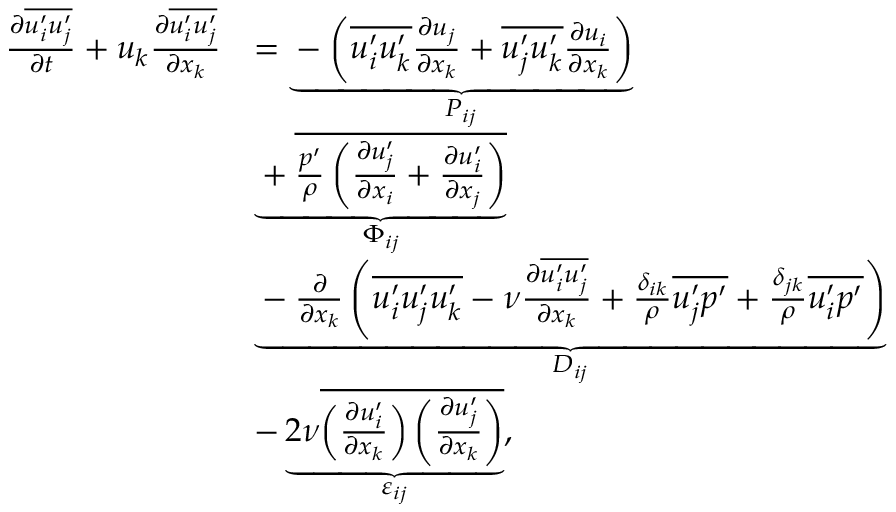
\begin{array} { r l } { \frac { \partial \overline { { u _ { i } ^ { \prime } u _ { j } ^ { \prime } } } } { \partial t } + u _ { k } \frac { \partial \overline { { u _ { i } ^ { \prime } u _ { j } ^ { \prime } } } } { \partial x _ { k } } } & { = \underbrace { - \left( \overline { { u _ { i } ^ { \prime } u _ { k } ^ { \prime } } } \frac { \partial u _ { j } } { \partial x _ { k } } + \overline { { u _ { j } ^ { \prime } u _ { k } ^ { \prime } } } \frac { \partial u _ { i } } { \partial x _ { k } } \right) } _ { P _ { i j } } } \\ & { \underbrace { + \overline { { \frac { p ^ { \prime } } { \rho } \left( \frac { \partial u _ { j } ^ { \prime } } { \partial x _ { i } } + \frac { \partial u _ { i } ^ { \prime } } { \partial x _ { j } } \right) } } } _ { \Phi _ { i j } } } \\ & { \underbrace { - \frac { \partial } { \partial x _ { k } } \left( \overline { { u _ { i } ^ { \prime } u _ { j } ^ { \prime } u _ { k } ^ { \prime } } } - \nu \frac { \partial \overline { { u _ { i } ^ { \prime } u _ { j } ^ { \prime } } } } { \partial x _ { k } } + \frac { \delta _ { i k } } { \rho } \overline { { u _ { j } ^ { \prime } p ^ { \prime } } } + \frac { \delta _ { j k } } { \rho } \overline { { u _ { i } ^ { \prime } p ^ { \prime } } } \right) } _ { D _ { i j } } } \\ & { - \underbrace { 2 \nu \overline { { \left( \frac { \partial u _ { i } ^ { \prime } } { \partial x _ { k } } \right) \left( \frac { \partial u _ { j } ^ { \prime } } { \partial x _ { k } } \right) } } } _ { \varepsilon _ { i j } } , } \end{array}